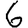
Digit: 6